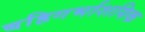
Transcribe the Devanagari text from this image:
बहिगर्भाशयिक